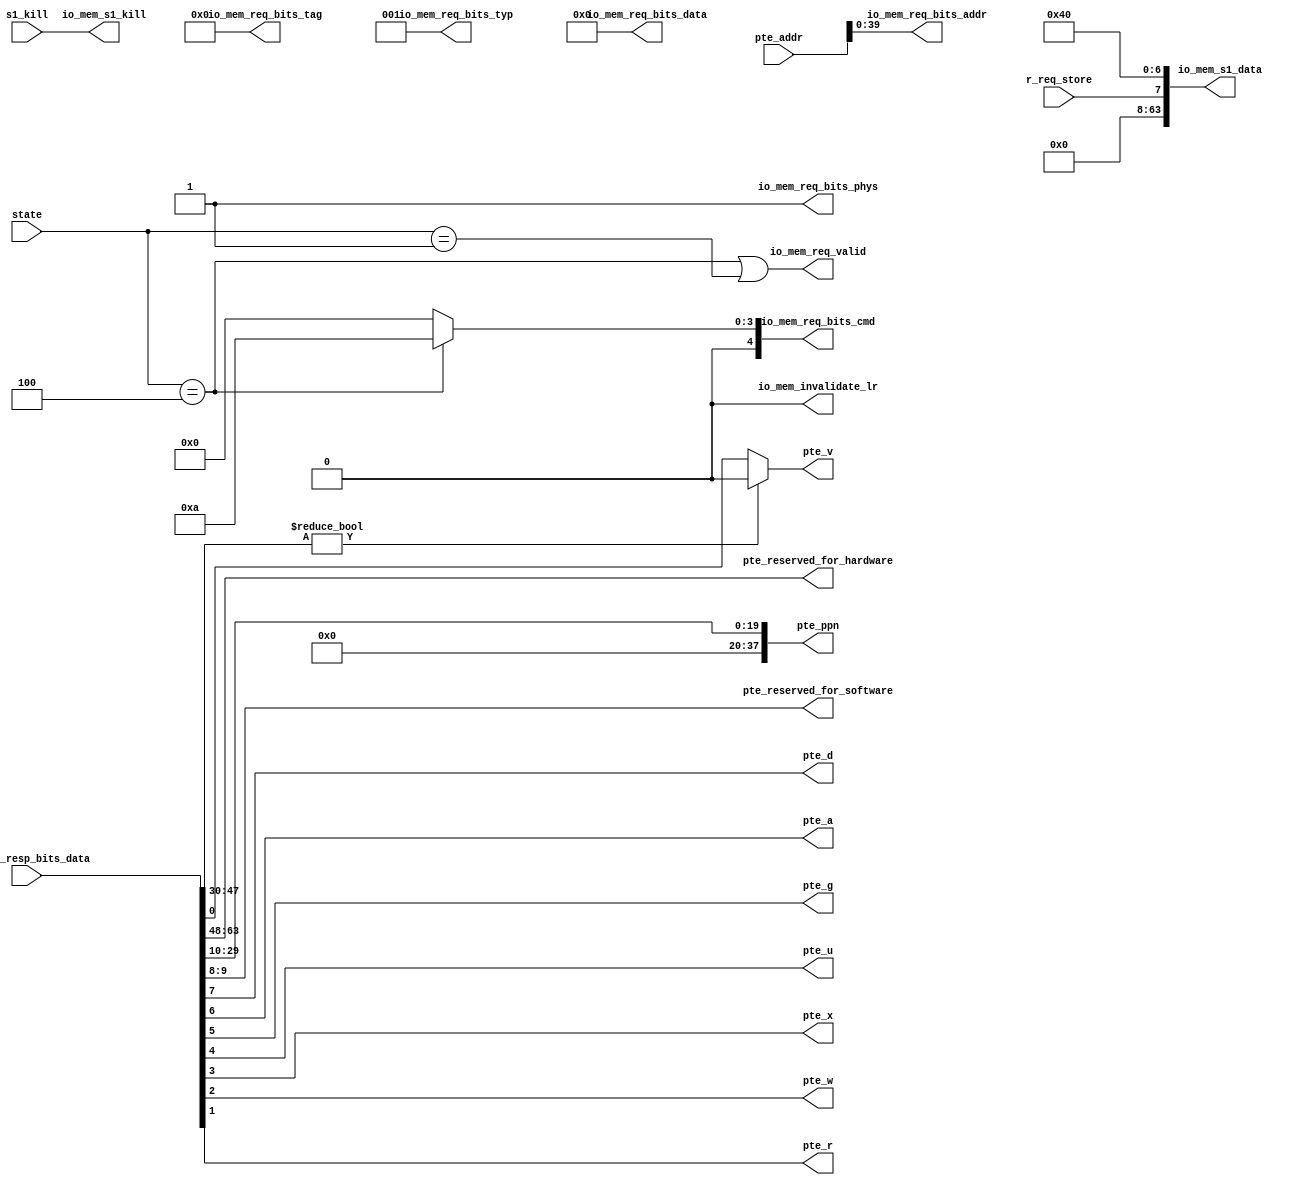
module mem_wire_path(
	input [63:0] io_mem_resp_bits_data,
	input [49:0] pte_addr,
	input r_req_store,
	input [2:0] state,
	input s1_kill,

	output [15:0] pte_reserved_for_hardware,
	output [37:0] pte_ppn,
	output [1:0] pte_reserved_for_software,
	output pte_d,
	output pte_a,
	output pte_g,
	output pte_u,
	output pte_x,
	output pte_w,
	output pte_r,
	output pte_v,
	output [39:0] io_mem_req_bits_addr,
	output [6:0] io_mem_req_bits_tag,
	output [2:0] io_mem_req_bits_typ,
	output io_mem_req_bits_phys,
	output [63:0] io_mem_req_bits_data,
	output io_mem_s1_kill,
	output io_mem_invalidate_lr,
	output [4:0] io_mem_req_bits_cmd,
	output io_mem_req_valid,
	output [63:0] io_mem_s1_data
	);

	assign pte_reserved_for_hardware = io_mem_resp_bits_data[63:48];
	assign pte_ppn 					 = {18'h0, io_mem_resp_bits_data[29:10]};
	assign pte_reserved_for_software = io_mem_resp_bits_data[9:8];
	assign pte_d 					 = io_mem_resp_bits_data[7];
	assign pte_a 					 = io_mem_resp_bits_data[6];
	assign pte_g 					 = io_mem_resp_bits_data[5];
	assign pte_u 					 = io_mem_resp_bits_data[4];
	assign pte_x 					 = io_mem_resp_bits_data[3];
	assign pte_w 					 = io_mem_resp_bits_data[2];
	assign pte_r 					 = io_mem_resp_bits_data[1];
	assign pte_v 					 = (io_mem_resp_bits_data[47:30] != 18'h0) ? 1'h0 : io_mem_resp_bits_data[0];

	assign io_mem_req_bits_addr = {pte_addr[39:0]};
	assign io_mem_req_bits_tag 	= 7'h0;
	assign io_mem_req_bits_typ 	= 3'h1;
	assign io_mem_req_bits_phys = 1'h1;
	assign io_mem_req_bits_data = 64'h0;
	assign io_mem_s1_kill 		= s1_kill;
	assign io_mem_invalidate_lr = 1'h0;
	assign io_mem_req_bits_cmd 	= state == 3'h4 ? 5'ha : 5'h0;
	assign io_mem_req_valid 	= (state == 3'h4) | (state == 3'h1);
	assign io_mem_s1_data 		= {56'h0, r_req_store, 1'h1, 6'h0};

endmodule